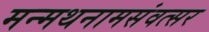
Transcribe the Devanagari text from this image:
मन्मथनामसंवत्सर